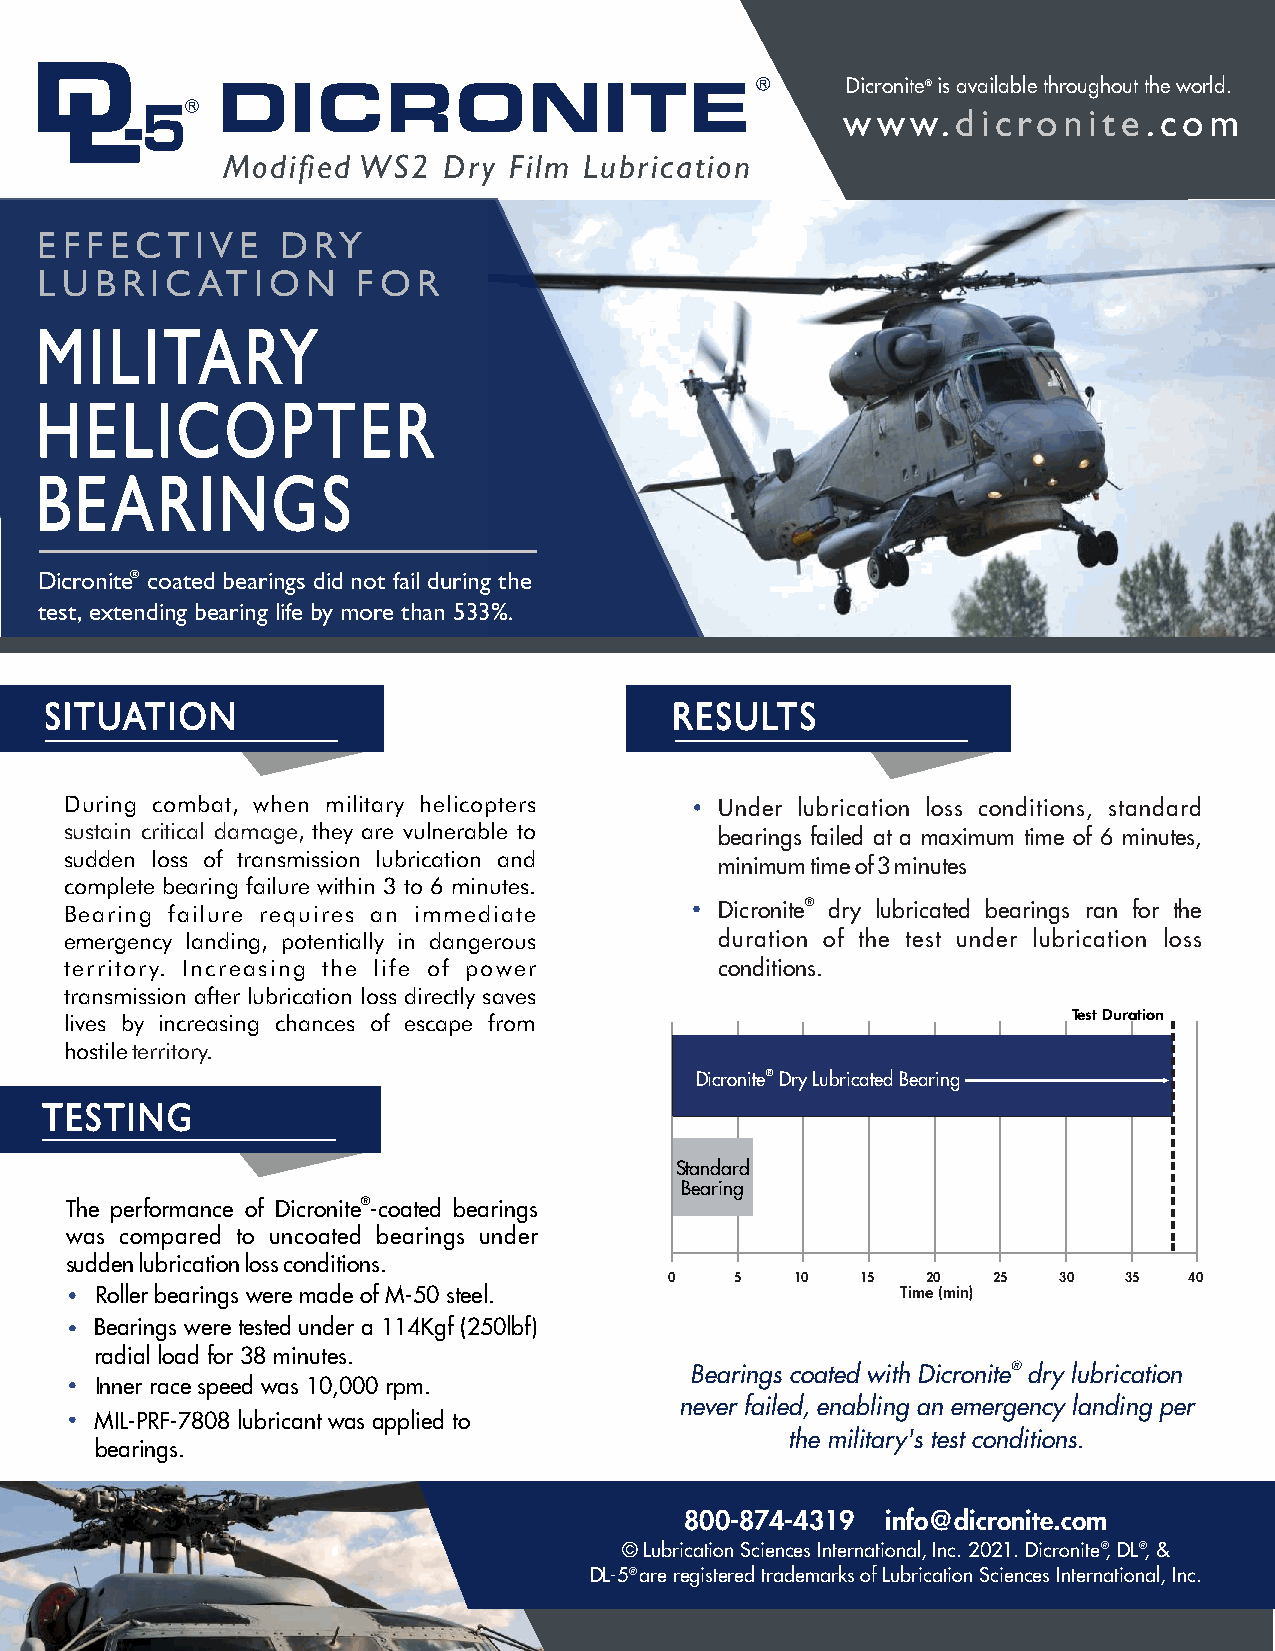
D
 L         DICRONITE                           R     Dicronite ® is available throughout the world.
 -5R
 www.dicronite.com
 Modified WS2  Dry  Film Lubrication
 EFFECTIVE        DRY
 LUBRIC     ATION      FOR
 MILITARY
 HELICOPTER
 BEARINGS
 Dicronite® coated bearings did not fail during the
 test, extending bearing life by more than 533%.
 SITUATION                                 RESULTS
 During combat, when military helicopters    Under lubrication loss conditions, standard
 sustain critical damage, they are vulnerable to
 bearings failed at a maximum time of 6 minutes,
 sudden loss of transmission lubrication and
 minimum time of 3 minutes
 complete bearing failure within 3 to 6 minutes.
 Bearing failure requires an immediate       Dicronite® dry lubricated bearings ran for the
 emergency landing, potentially in dangerous duration of the test under lubrication loss
 territory. Increasing the life of power     conditions.
 transmission after lubrication loss directly saves
 lives by increasing chances of escape from                         Test Duration
 hostile territory.
 Dicronite® Dry Lubricated Bearing
 TESTING
 Standard
 Bearing
 The performance of Dicronite®-coated bearings
 was compared to uncoated bearings under
 sudden lubrication loss conditions.
 0    5   10  15  20   25  30   35  40
 Roller bearings were made of M-50 steel.              Time (min)
 Bearings were tested under a 114Kgf (250lbf)
 radial load for 38 minutes.
 Bearings coated with Dicronite® dry lubrication
 Inner race speed was 10,000 rpm.
 never failed, enabling an emergency landing per
 MIL-PRF-7808 lubricant was applied to
 the military's test conditions.
 bearings.
 DICRONITE®
 800-874-4319  info@dicronite.com                     DRY LUBRICATED
 © Lubrication Sciences International, Inc. 2021. Dicronite ®, DL ®, &
 DL-5 ® are registered trademarks of Lubrication Sciences International, Inc.
 85%
 Test duration of
 38 min
 ???????ljfjaujeojfdj
 hkdhiehdljaiue
 STANDARD
 BEARING
 --------------------